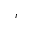
r